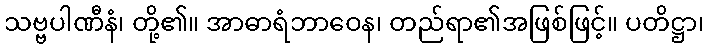
သဗ္ဗပါဏီနံ၊ တို့၏။ အာဓာရံဘာဝေန၊ တည်ရာ၏အဖြစ်ဖြင့်။ ပတိဋ္ဌာ၊